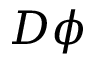
D \phi